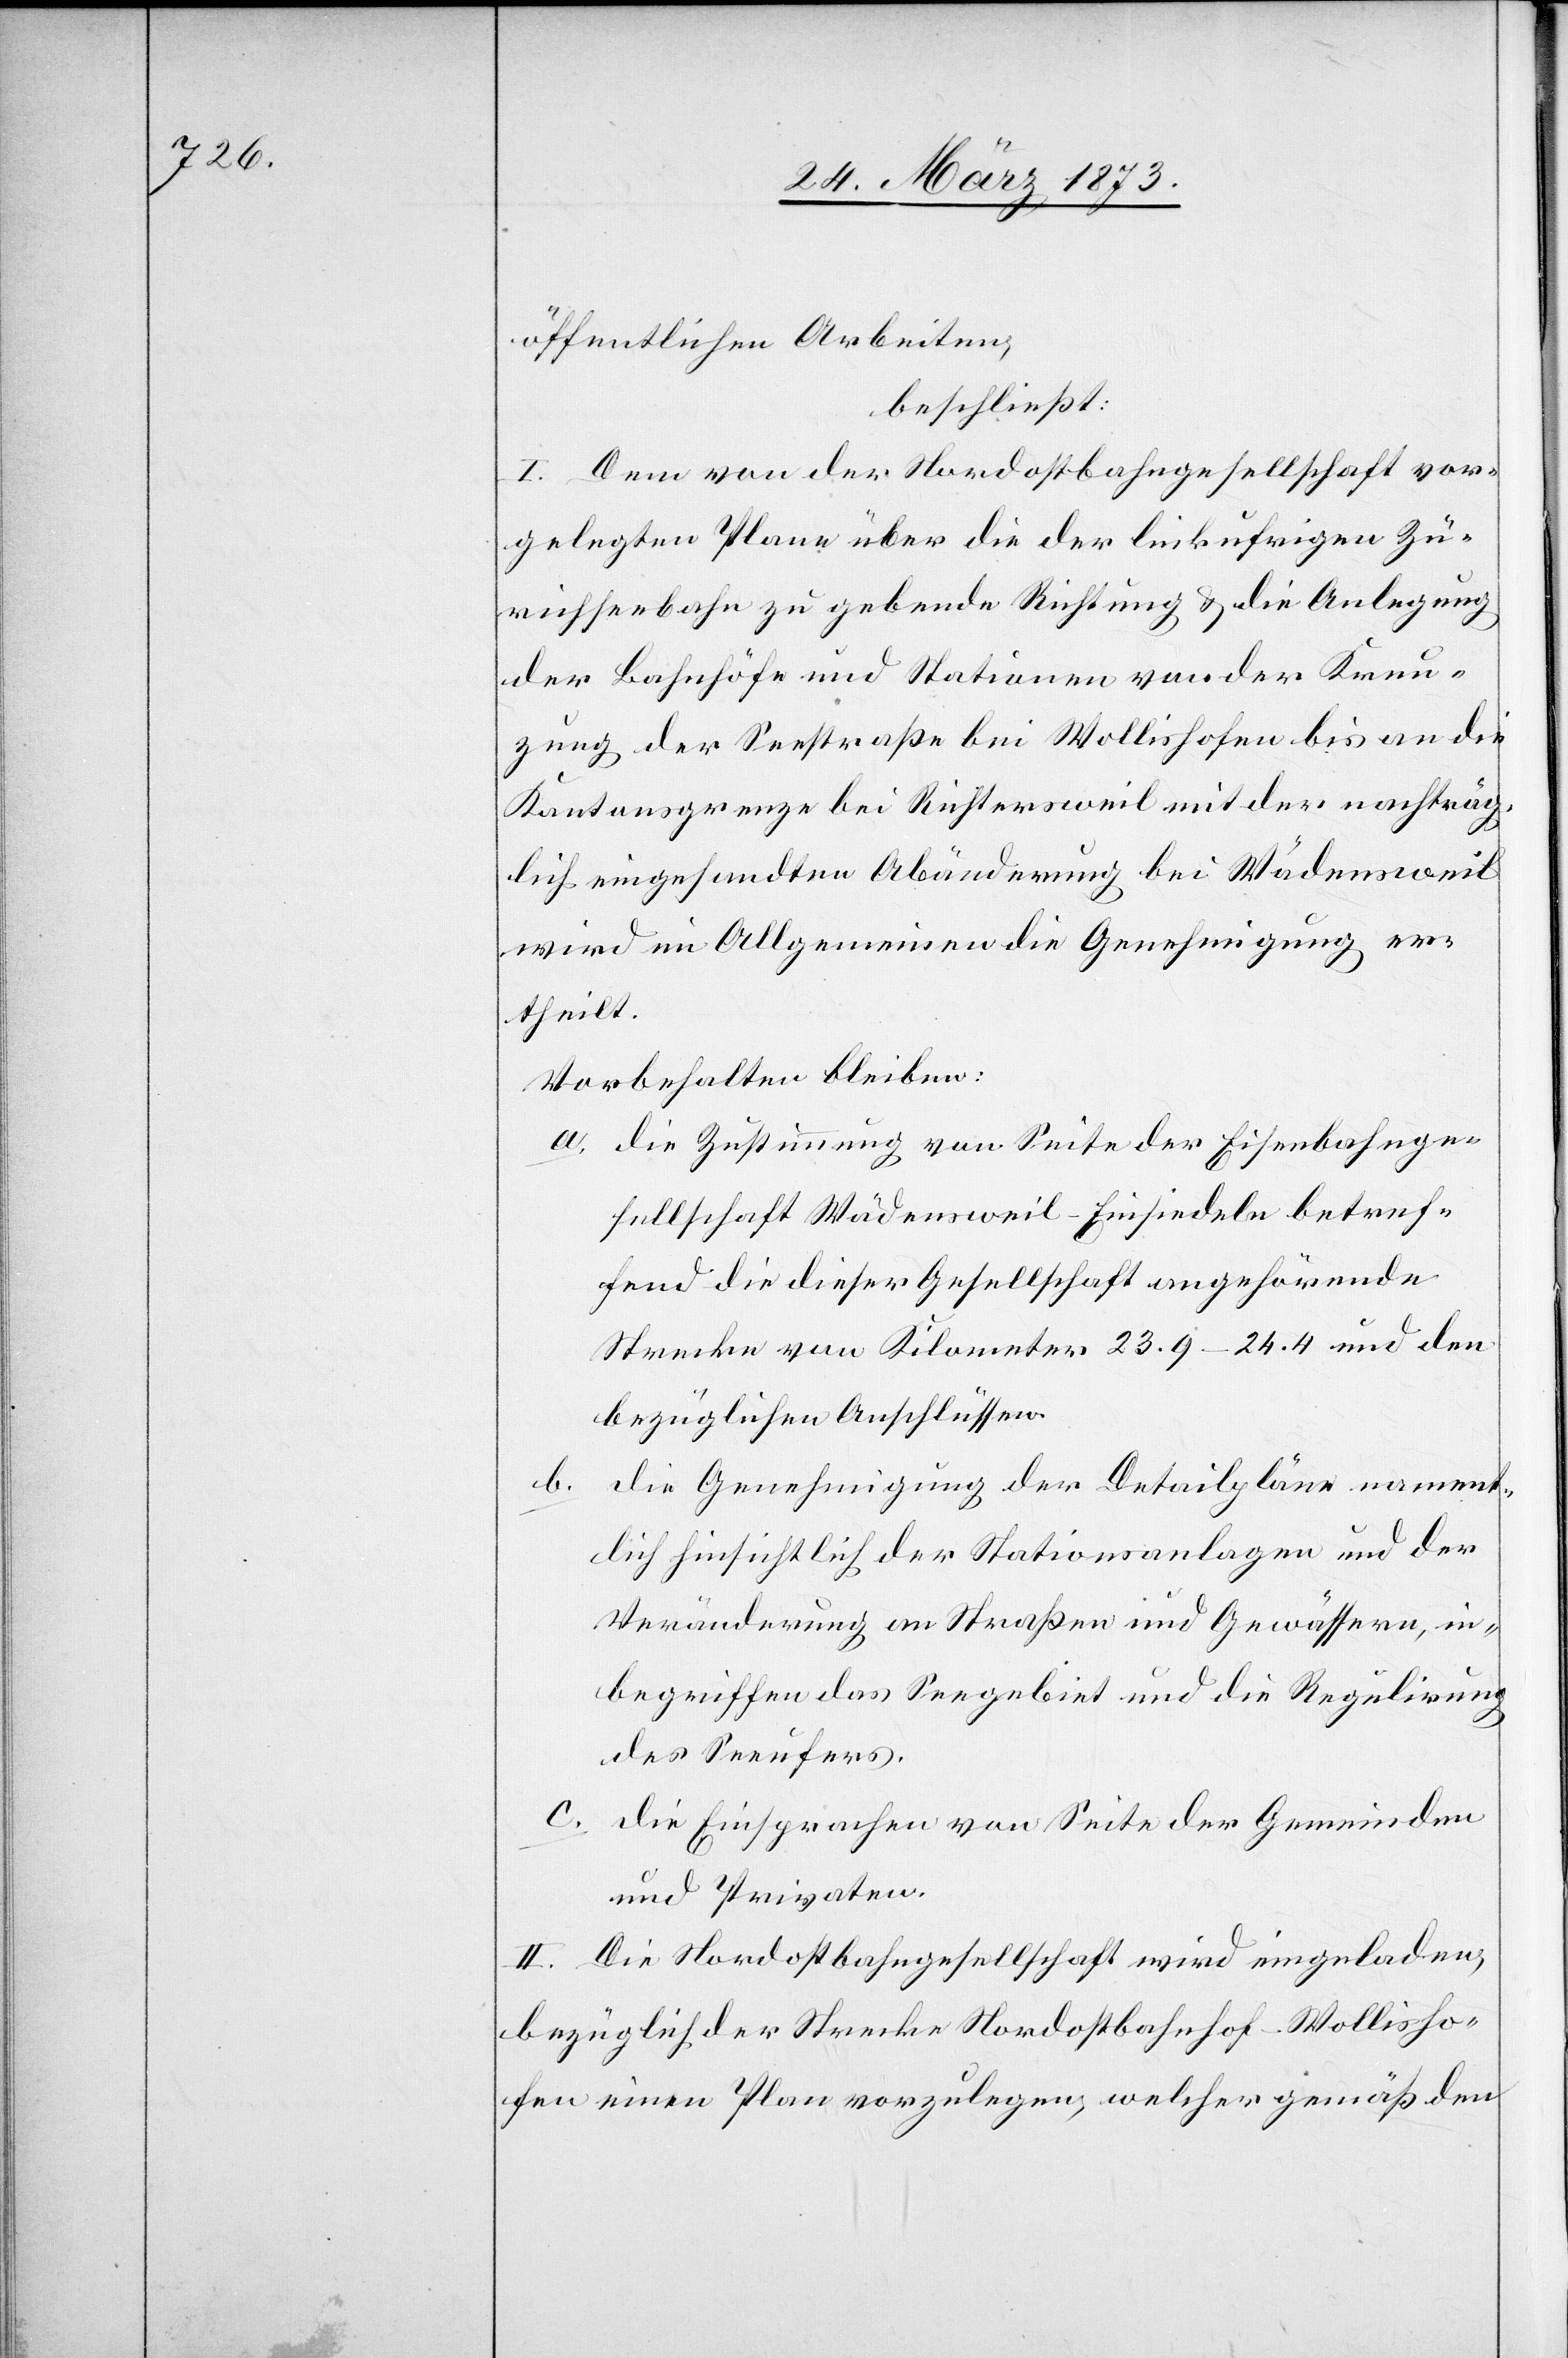
öffentlichen Arbeiten,
beschließt:
I. Dem von der Nordostbahngesellschaft vor¬
gelegten Plane über die der linkufrigen Zü¬
richseebahn zu gebende Richtung u. die Anlegung
der Bahnhöfe und Stationen von der Kreu¬
zung der Seestraße bei Wollishofen bis an die
Kantonsgrenze bei Richtersweil mit der nachträg¬
lich eingesandten Abänderung bei Wädensweil
wird im Allgemeinen die Genehmigung er¬
theilt.
Vorbehalten bleiben:
a. die Zustimmung von Seite der Eisenbahnge¬
sellschaft Wädensweil–Einsiedeln betref¬
fend die dieser Gesellschaft angehörende
Strecke von Kilometer 23.9–24.4 und den
bezüglichen Anschlüssen.
b.
die Genehmigung der Detailpläne nament¬
lich hinsichtlich der Stationsanlagen und der
Veränderung an Straßen und Gewässern, in¬
begriffen das Seegebiet und die Regulirung
des Seeufers.
c. die Einsprachen von Seite der Gemeinden
und Privaten.
II. Die Nordostbahngesellschaft wird eingeladen,
bezüglich der Strecke Nordostbahnhof–Wollisho¬
fen einen Plan vorzulegen, welcher gemäß den